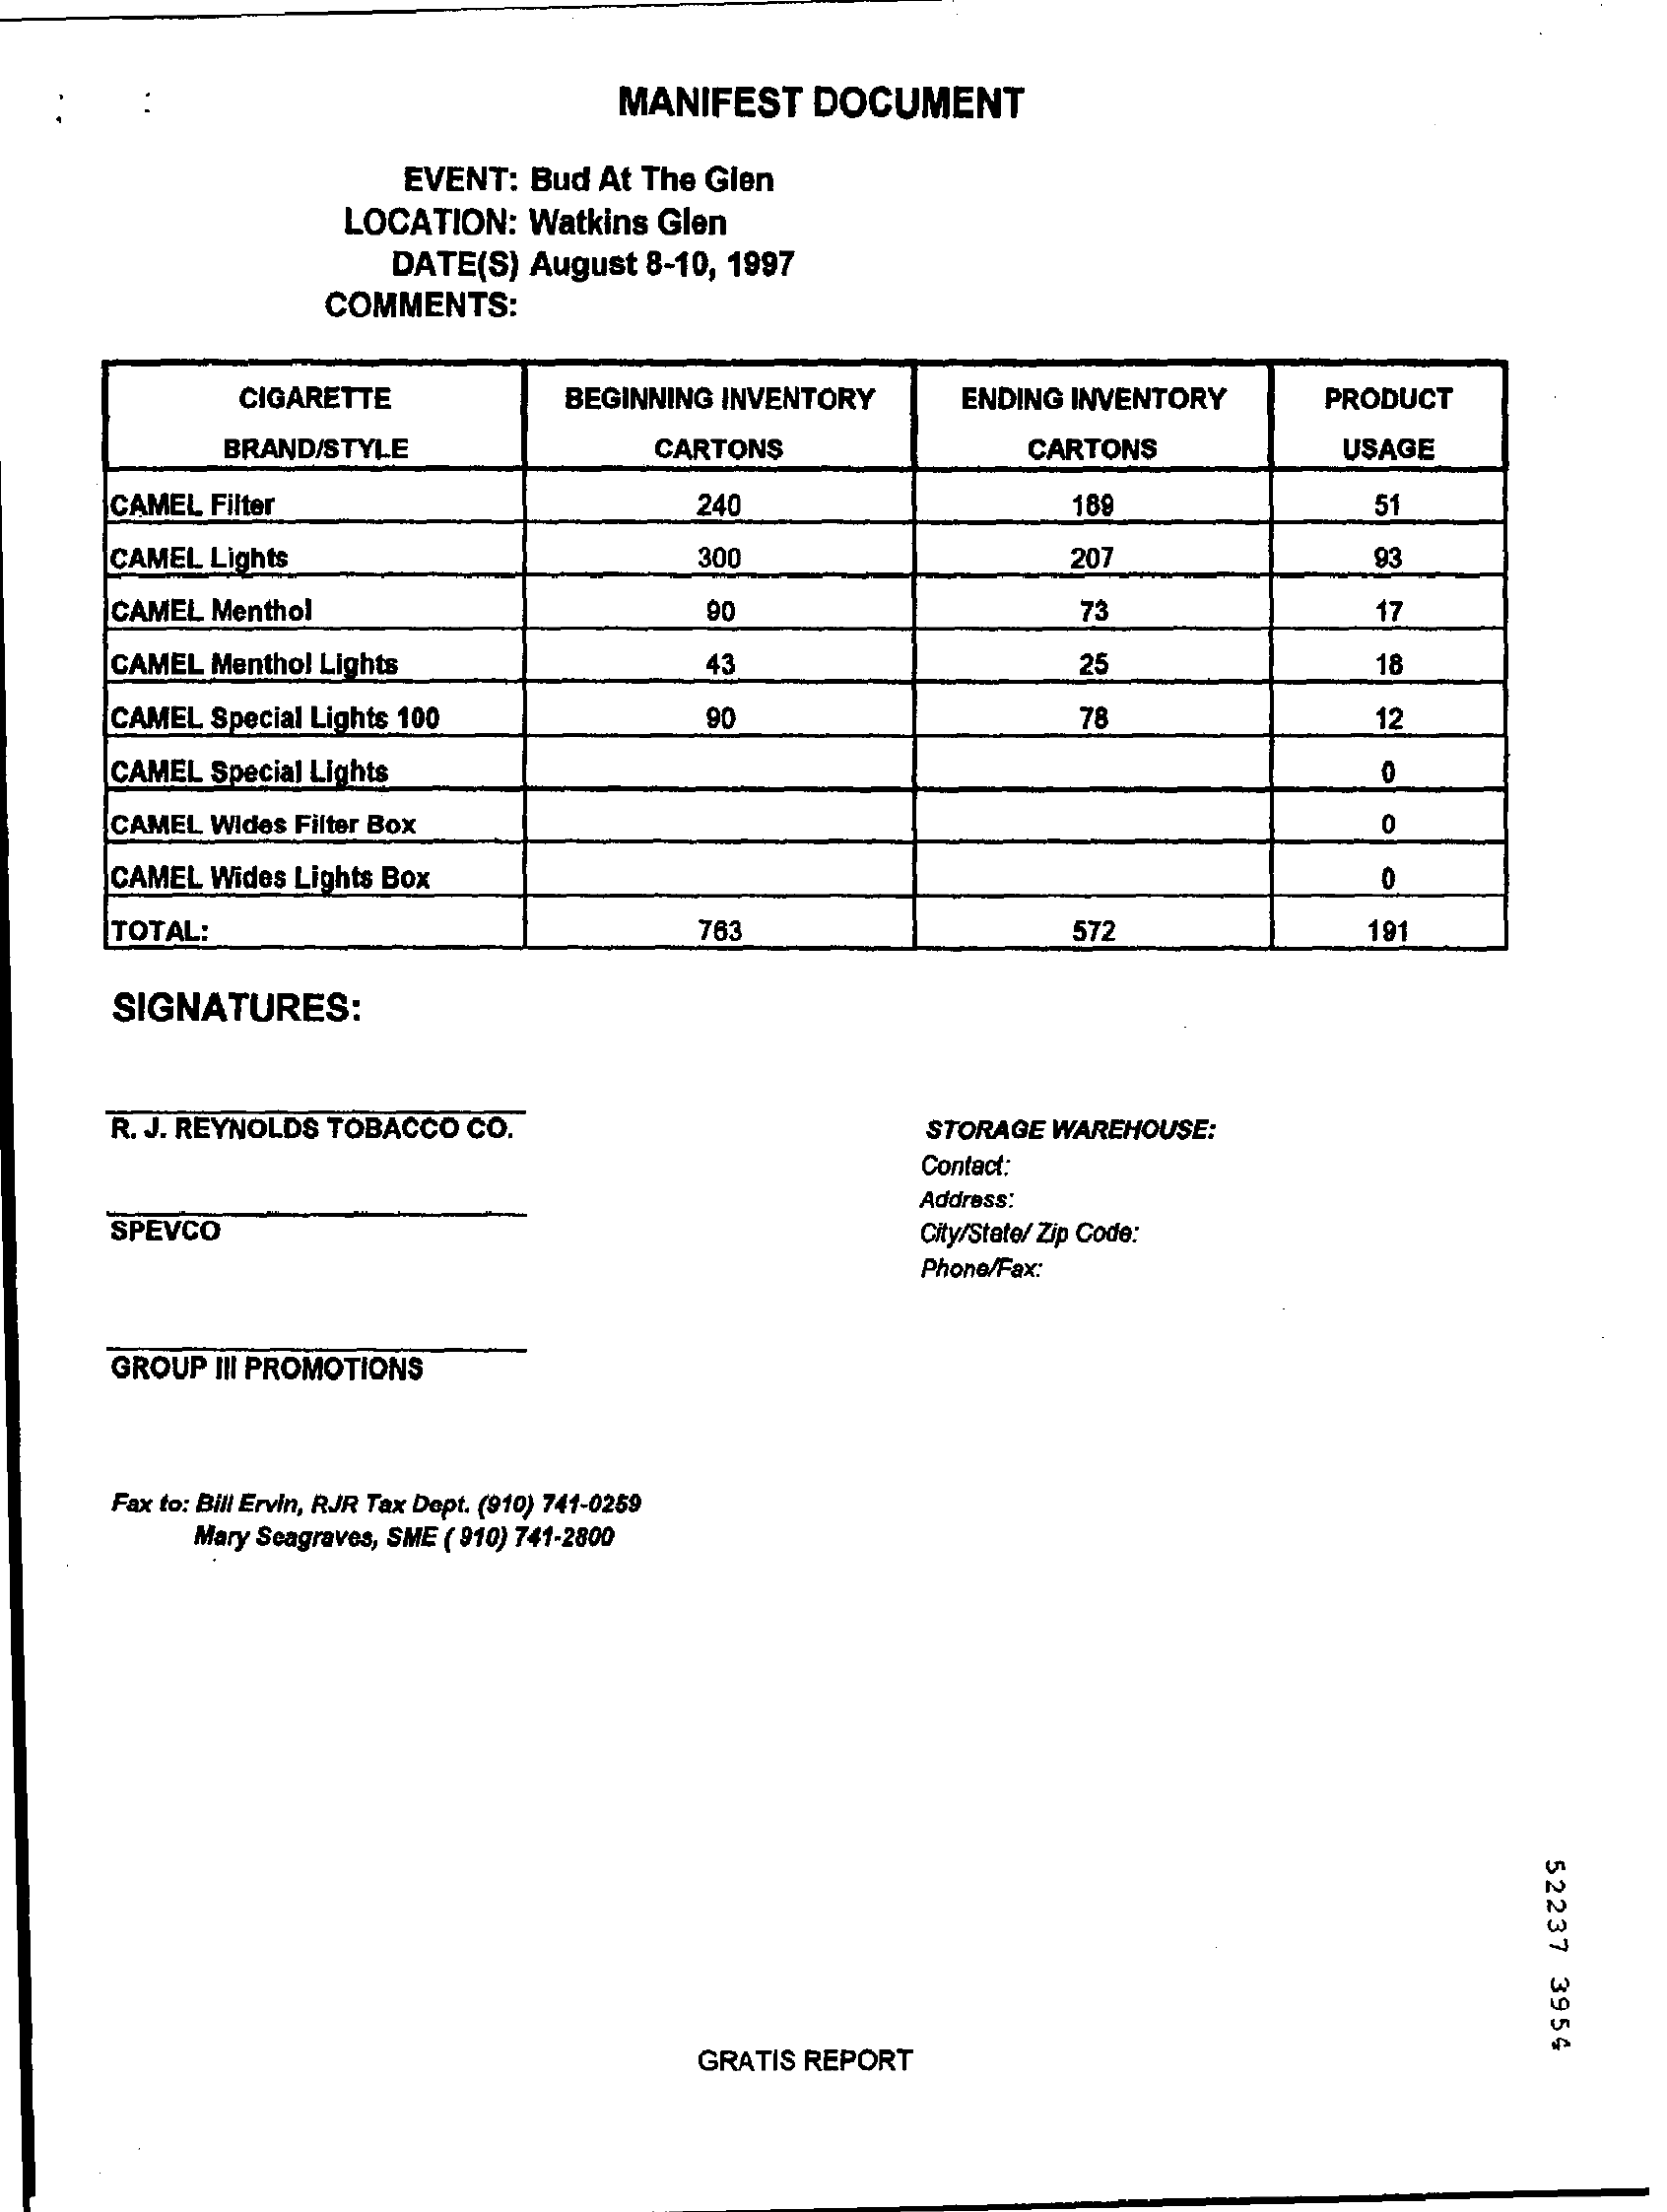
MANIFEST DOCUMENT
     EVENT: Bud At The Glen
     LOCATION: Watkins Glen
     DATE(S) August 8-10, 1997
     COMMENTS:
     CIGARETTE    BEGINNING INVENTORY ENDING INVENTORY PRODUCT
     BRAND/STYLE    CARTONS    CARTONS    USAGE
     CAMEL Filter    240    189    51
     CAMEL Lights    300    207    93
     CAMEL Menthol    90    73    17
     CAMEL Menthol Lights    43    25    18
     CAMEL Special Lights 100 90    78    12
     CAMEL Special Lights
     CAMEL Wides Filter Box
     CAMEL Wides Lights Box
     TOTAL:    783    572    191
     SIGNATURES:
     R. J. REYNOLDS TOBACCO CO.    STORAGE WAREHOUSE:
     Contact:
     SPEVCO
     Address:
     City/State/ Zip Code:
     Phone/Fax:
     GROUP III PROMOTIONS
     Fax to: Bill Ervin, RJR Tax Dept. (910) 741-0259
     Mary Seagraves, SME ( 910) 741-2800
     52237
     3954
     GRATIS REPORT